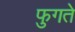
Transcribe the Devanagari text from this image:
फुगते